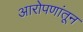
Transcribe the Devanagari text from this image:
आरोपणांतून